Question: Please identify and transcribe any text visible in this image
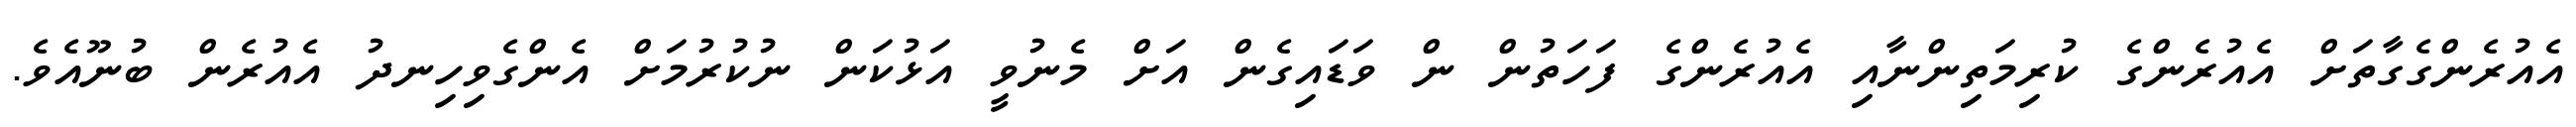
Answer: އެއުރެންގެގާތަށް އެއުރެންގެ ކުރިމަތިންނާއި އެއުރެންގެ ފަހަތުން ން ވަޑައިގެން އަށް މެނުވީ އަޅުކަން ނުކުރުމަށް އެންގެވިހިނދު އެއުރެން ބުނޫއެވެ.